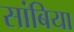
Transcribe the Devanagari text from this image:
सांबिया